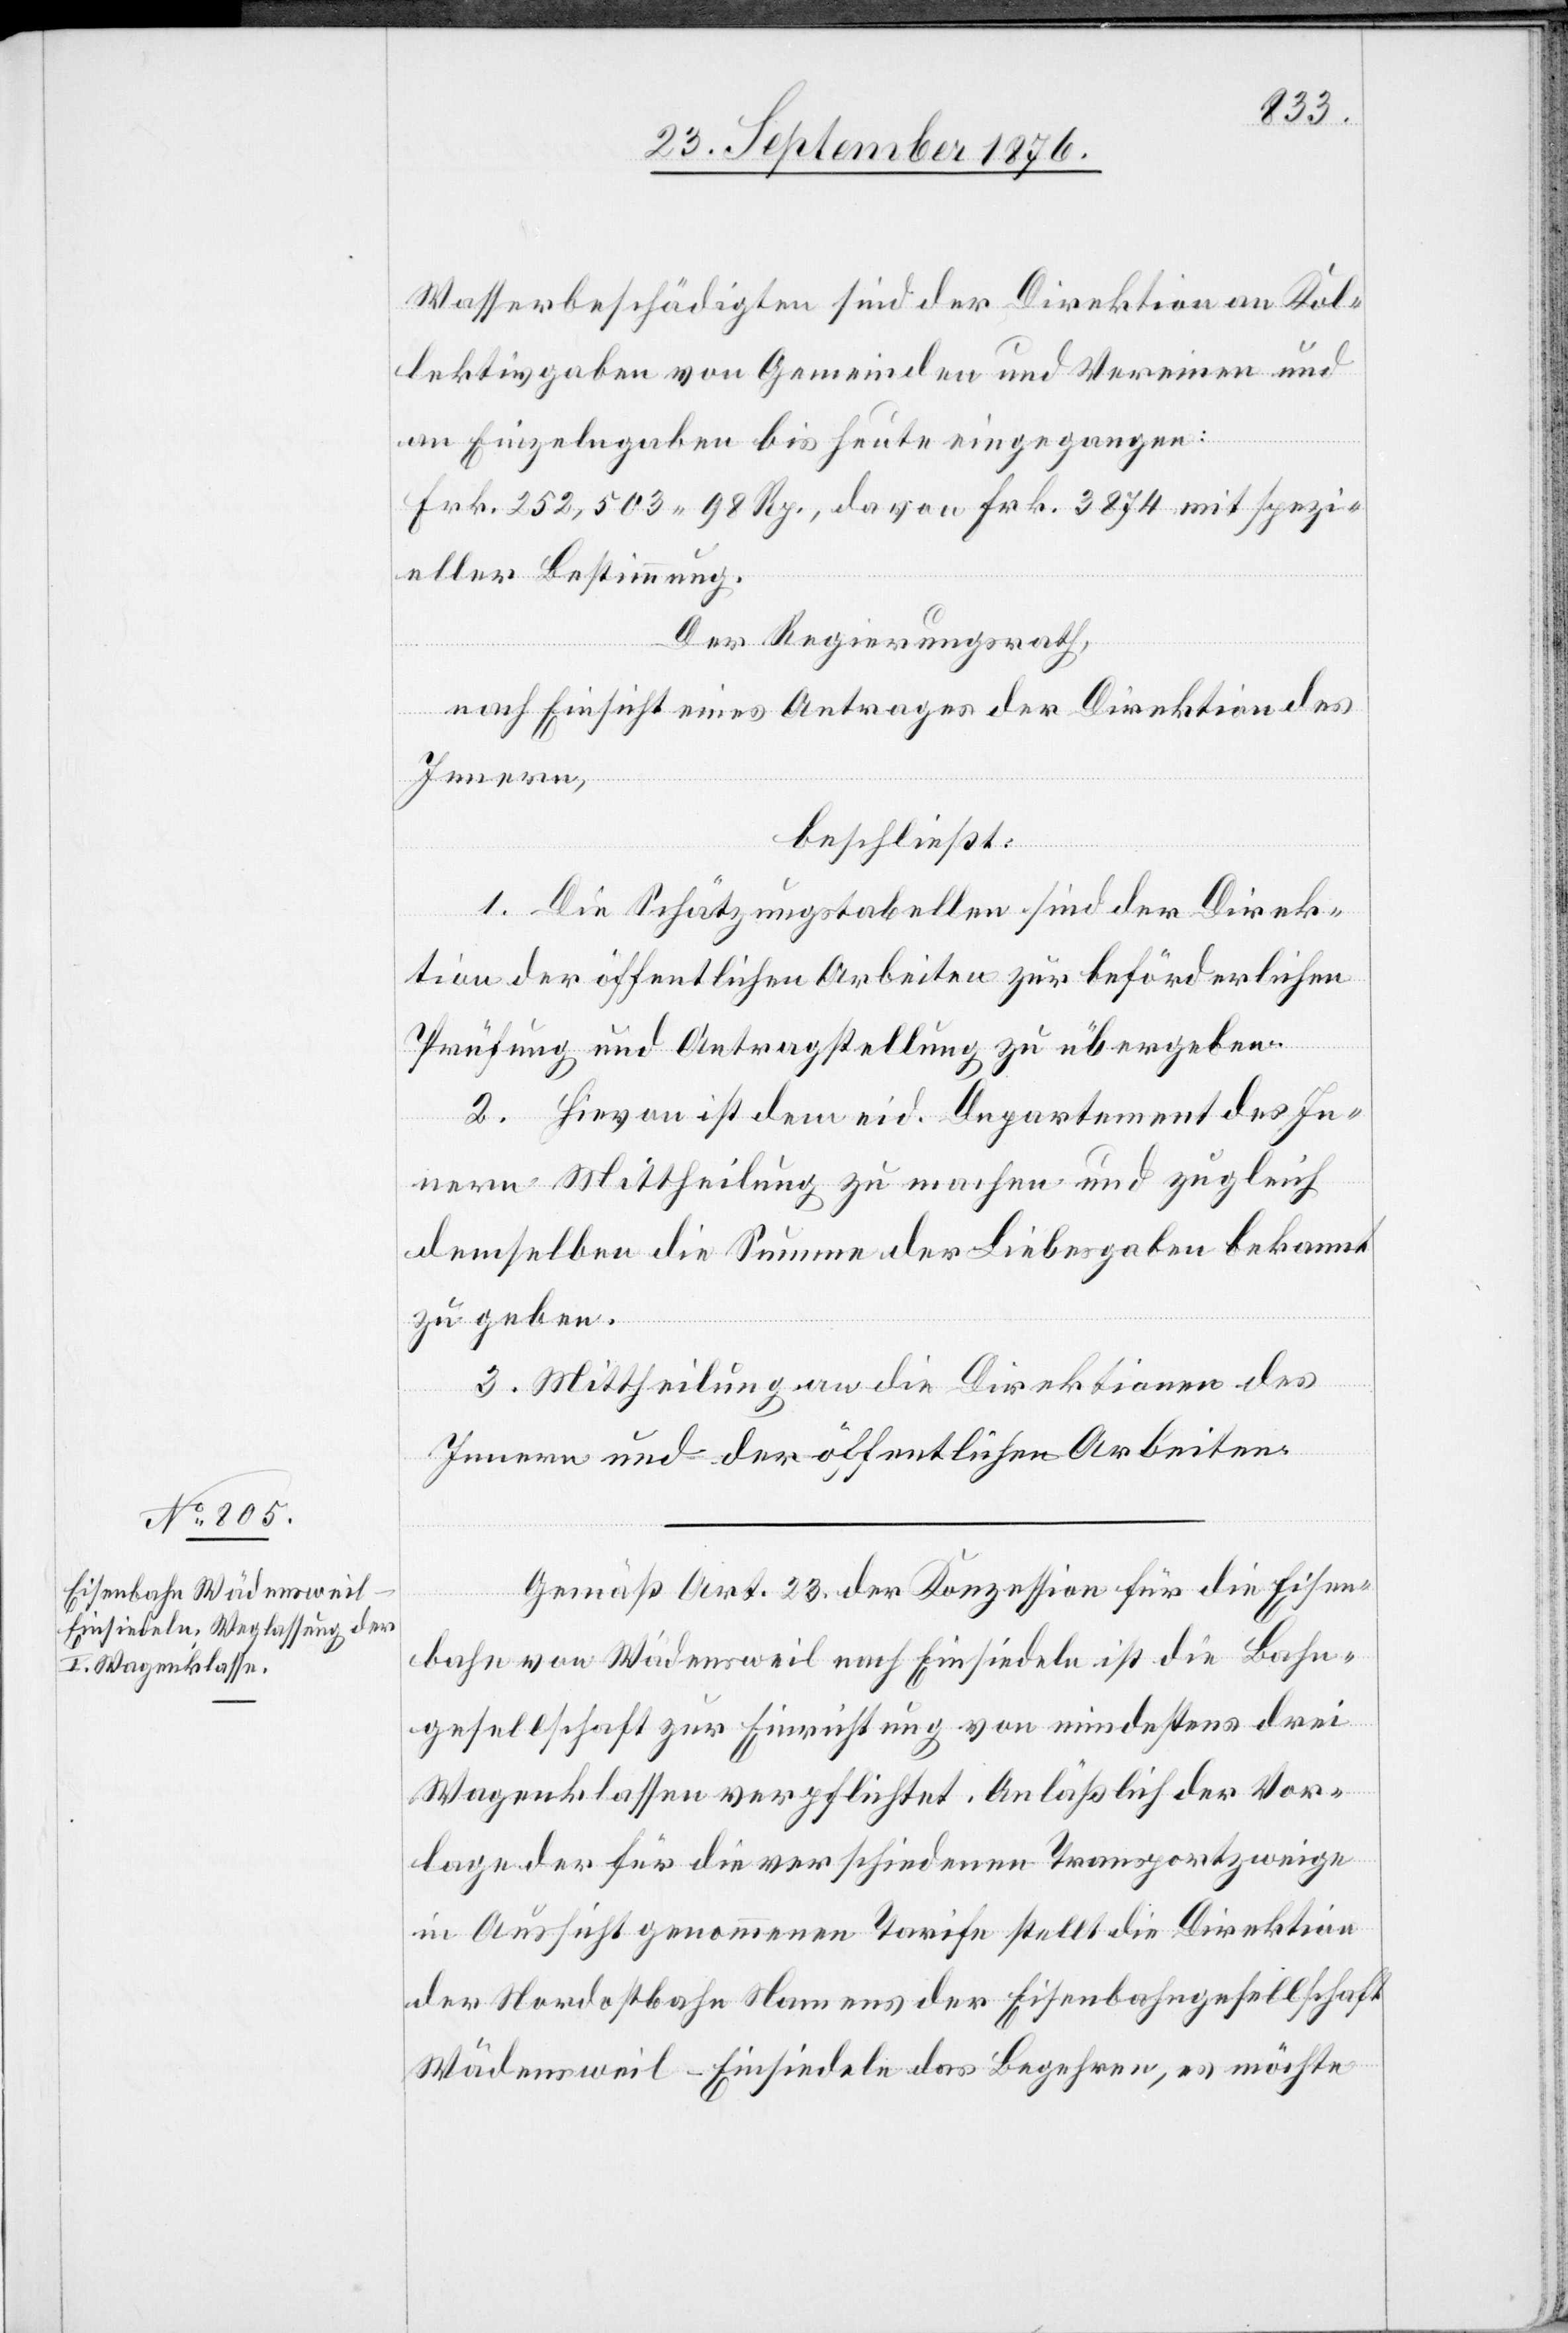
Wasserbeschädigten sind der Direktion Kol¬
lektivgaben von Gemeinden und Vereinen und
an Einzelngaben bis heute eingegangen:
Frk. 252,503 98 Rp., davon Frk. 3874 mit spezi¬
eller Bestimmung.
Der Regierungsrath,
nach Einsicht eines Antrages der Direktion des
Innern,
beschließt:
1. Die Schätzungstabellen sind der Direk¬
tion der öffentlichen Arbeiten zur beförderlichen
Prüfung und Antragstellung zu übergeben.
2. Hievon ist dem eid. Departement des In¬
nern Mittheilung zu machen und zugleich
demselben die Summe der Liebesgaben bekannt
zu geben.
3. Mittheilung an die Direktionen des
Innern und der öffentlichen Arbeiten.
Gemäß Art. 23 der Konzession für die Eisen¬
bahn von Wädensweil nach Einsiedeln ist die Bahn¬
gesellschaft zur Einrichtung von mindestens drei
Wagenklassen verpflichtet. Anläßlich der Vor¬
lage der für die verschiedenen Transportzweige
in Aussicht genommenen Tarife stellt die Direktion
der Nordostbahn Namens der Eisenbahngesellschaft
Wädensweil–Einsiedeln das Begehren, es möchte